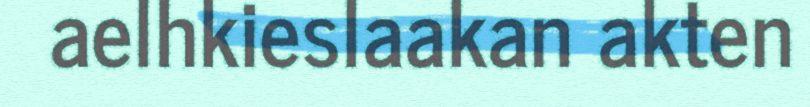
aelhkieslaakan akten